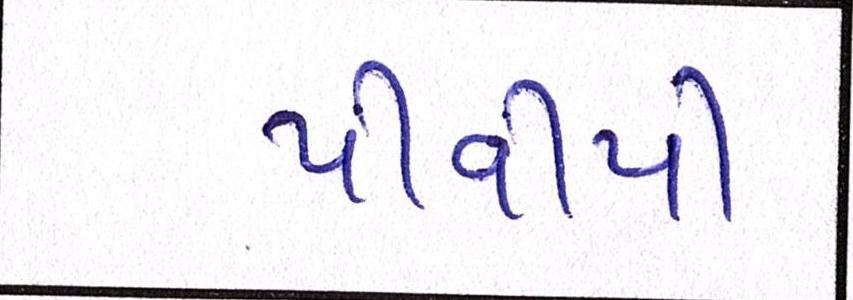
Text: પીવીપી